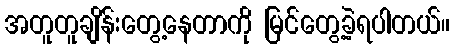
အတူတူချိန်းတွေ့နေတာကို မြင်တွေ့ခဲ့ရပါတယ်။